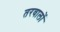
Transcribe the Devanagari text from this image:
तरवालों